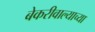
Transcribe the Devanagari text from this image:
बेकरीवाल्याच्या